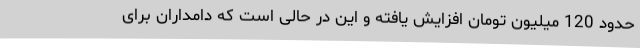
حدود 120 میلیون تومان افزایش یافته و این در حالی است که دامداران برای